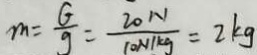
m = \frac { G } { g } = \frac { 2 0 N } { 1 0 N / k g } = 2 k g